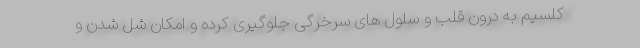
کلسیم به درون قلب و سلول های سرخرگی جلوگیری کرده و امکان شل شدن و